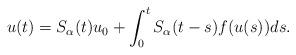
LaTeX: \begin{align*}u(t)=S_{\alpha}(t)u_{0}+\int_{0}^{t}S_{\alpha}(t-s)f(u(s))ds.\end{align*}